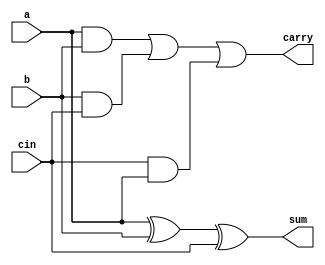
`timescale 1ns / 1ps
//////////////////////////////////////////////////////////////////////////////////
// Company: 
// Engineer: 
// 
// Design Name: 
// Module Name:    FullAdder 
// Project Name: 
// Target Devices: 
// Tool versions: 
// Description: 
//
// Dependencies: 
//
// Revision: 
// Revision 0.01 - File Created
// Additional Comments: 
//
//////////////////////////////////////////////////////////////////////////////////
module FullAdder(a,b,cin,sum,carry);
	input a,b,cin;
	output sum,carry;
	assign sum=a^b^cin;
	assign carry=(a&b)|(b&cin)|(cin&a);
	

endmodule